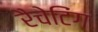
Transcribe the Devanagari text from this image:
रैचेटिंग